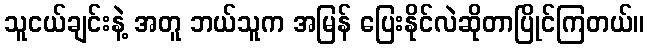
သူငယ်ချင်းနဲ့ အတူ ဘယ်သူက အမြန် ပြေးနိုင်လဲဆိုတာပြိုင်ကြတယ်။